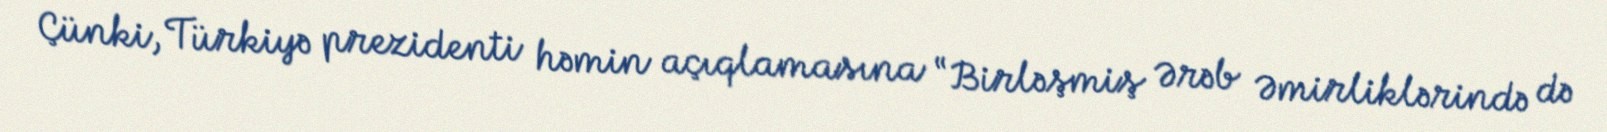
Çünki, Türkiyə prezidenti həmin açıqlamasına “Birləşmiş Ərəb Əmirliklərində də